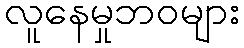
လူနေမှုဘဝများ